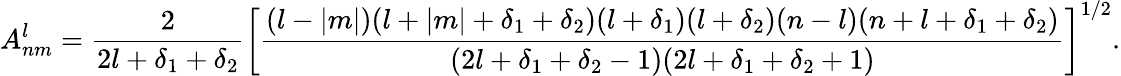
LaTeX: A_{nm}^{l}=\frac{2}{2l+\delta_{1}+\delta_{2}}\left[\frac{(l-|m|)(l+|m|+\delta_{1}+\delta_{2})(l+\delta_{1})(l+\delta_{2})(n-l)(n+l+\delta_{1}+\delta_{2})}{(2l+\delta_{1}+\delta_{2}-1)(2l+\delta_{1}+\delta_{2}+1)}\right]^{1/2}.